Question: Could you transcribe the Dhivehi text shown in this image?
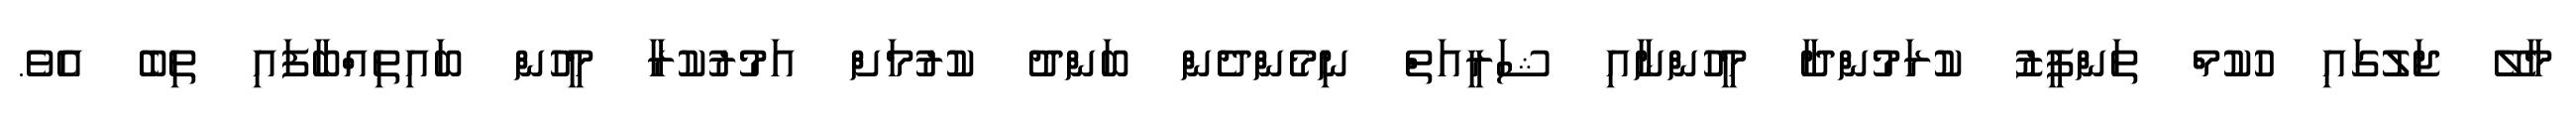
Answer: މާލޭ ޖަލުގައި ހުކުމް ތަންފީޒު ކުރަމުންދާ މީހުންނާއި ޝަރީއަތް ނިމެންދެން ބަންދު ކުރުމަށް އަމުރުކުރާ މީހުން ބައިތިއްބާފައި ތިބެ އެވެ.